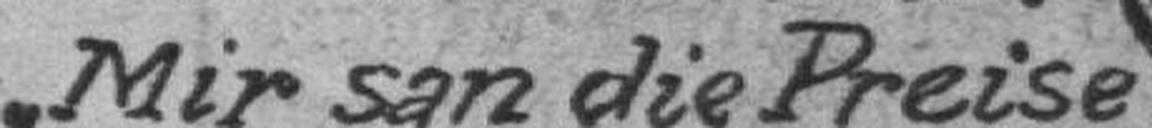
Mir san die Preise